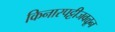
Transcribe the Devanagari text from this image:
किनारपट्टीजवळून